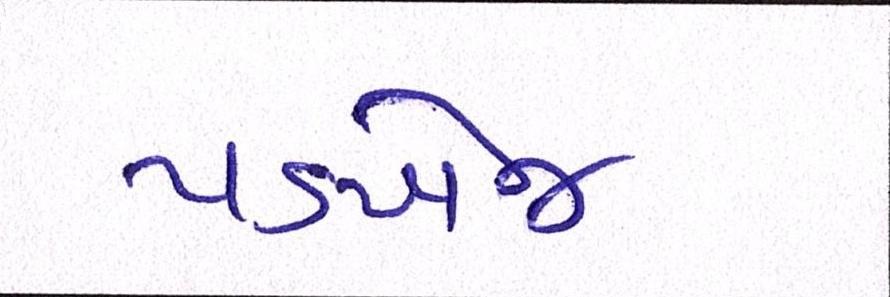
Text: પડખેજ